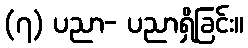
(၇) ပညာ- ပညာရှိခြင်း။